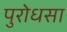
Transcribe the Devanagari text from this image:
पुरोधसा